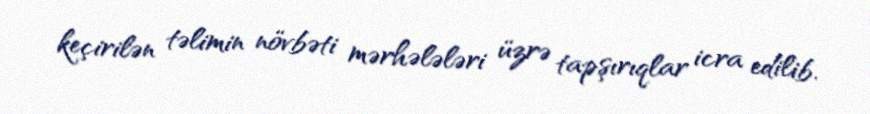
keçirilən təlimin növbəti mərhələləri üzrə tapşırıqlar icra edilib.